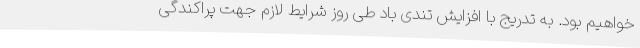
خواهیم بود. به تدریج با افزایش تندی باد طی روز شرایط لازم جهت پراکندگی